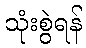
သုံးစွဲရန်